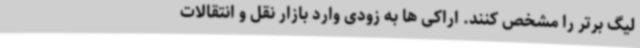
لیگ برتر را مشخص کنند. اراکی ها به زودی وارد بازار نقل و انتقالات